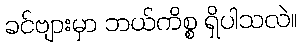
ခင်ဗျားမှာ ဘယ်ကိစ္စ ရှိပါသလဲ။